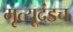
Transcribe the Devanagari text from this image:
मृत्यूदंडच